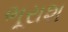
ભૂરાશ